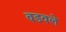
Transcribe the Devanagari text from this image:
बडवले